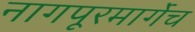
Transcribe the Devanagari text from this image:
नागपूरमार्गेच